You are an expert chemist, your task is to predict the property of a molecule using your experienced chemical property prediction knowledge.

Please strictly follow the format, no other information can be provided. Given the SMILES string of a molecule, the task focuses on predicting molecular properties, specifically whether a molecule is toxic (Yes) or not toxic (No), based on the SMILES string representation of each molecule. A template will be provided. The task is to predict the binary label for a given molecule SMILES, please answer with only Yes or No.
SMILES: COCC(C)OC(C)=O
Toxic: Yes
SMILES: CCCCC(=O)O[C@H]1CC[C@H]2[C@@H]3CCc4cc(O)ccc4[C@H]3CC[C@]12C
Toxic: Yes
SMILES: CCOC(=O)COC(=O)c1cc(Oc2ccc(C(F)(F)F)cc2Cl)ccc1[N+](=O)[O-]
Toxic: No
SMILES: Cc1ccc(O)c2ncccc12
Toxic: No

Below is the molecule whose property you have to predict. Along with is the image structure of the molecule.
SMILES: C(COCC1CO1)OCC1CO1
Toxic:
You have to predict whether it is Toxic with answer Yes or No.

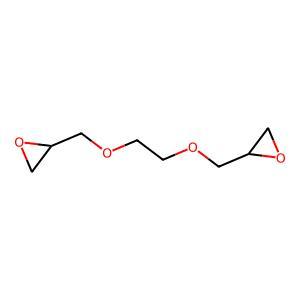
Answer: No